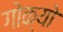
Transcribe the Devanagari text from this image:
गोक्यो